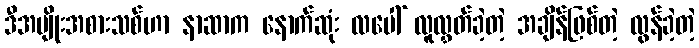
ဒီအမျိုးအစားသစ်ဟာ နာဆာက နောက်ဆုံး လပေါ် လူလွှတ်ခဲ့တဲ့ အချိန်ဖြစ်တဲ့ လွန်ခဲ့တဲ့